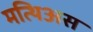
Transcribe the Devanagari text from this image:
मत्थिअस